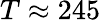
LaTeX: T\approx 245